Madras plague regulations and rules for district municipalities and other towns and villages
Disease focus: Plague
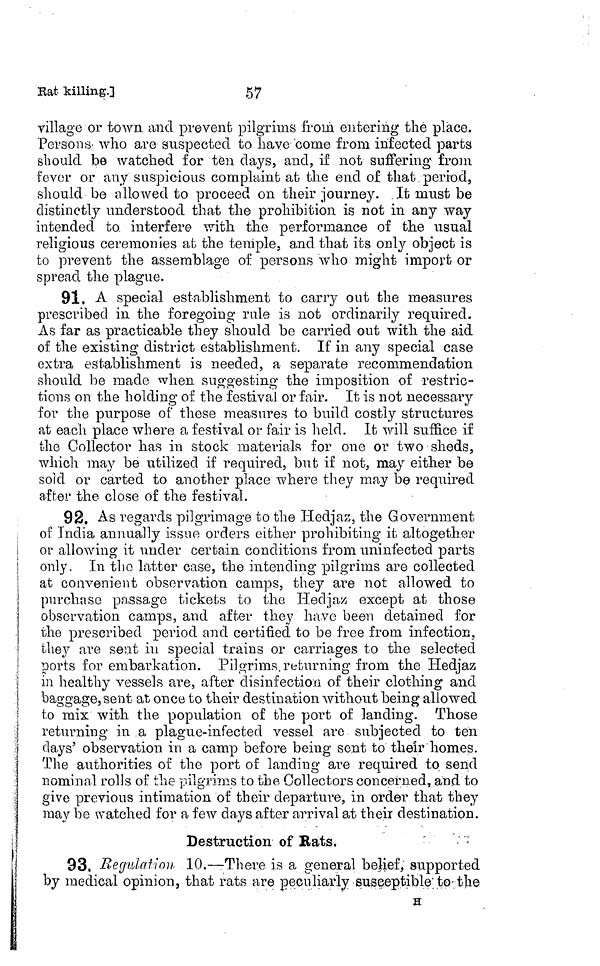
57
Rat killing.]
village or town and prevent pilgrims f'rom entering the place.
Persons- who are suspected to have 'come from infected parts
should be watched for ten days, and, if not suffering from
fever or any suspicious complaint at the end of that period,
should be allowed to proceed on their journey. .It must be
distinctly understood that the prohibition is not in any way
intended to interfere with the performance of the usual
religious ceremonies at the temple, and that its only object is
to prevent the assemblage of persons who might import or
spread the plague.
91. A special establishment to carry out the measures
prescribed in the foregoing rule is not ordinarily required.
As far as practicable they should be carried out with the aid
of the existing district establishment. If in any special case
extra establishment is needed, a separate recommendation
should be made when suggesting the imposition of restric-
tions on the holding of the festivaJ or fair. It is not necessary
for the purpose of these measures to build costly structures
at each place where a festival or fair is held. It will suffice if
the Collector has in stock materials for one or two sheds,
which may be utilized if required, but if not, may either be
sold or carted to another place where they may be required
after the close of the festival.
92. As regards pilgrimage to the Hedjaz, the Government
of India annually issue orders either prohibiting it altogether
or allowing it under certain conditions from uninfected parts
only. In the latter case, the intending pilgrims are collected
at convenient observation camps, they are not allowed to
purchase passage tickets to the Hedjaz except at those
observation camps, and after they have been detained for
the prescribed period and certified to be free from infection,
they are sent in special trains or carriages to the selected
ports for embarkation. Pilgrims, returning from the Hedjaz
in healthy vessels are, after disinfection of their clothing and
baggage, se ' nd at once to their destination without being allowed
to mix with the population of the port of landing. Those
returning in a plague-infected vessel are subjected to ten
clays' observation in a camp before being sent to their homes.
The authorities of the port of landing are required to send
nominal rolls of the pilgrims to the Collectors concerned, and to
give previous intimation of their departure, in order that they
may be watched for a few days after arrival at their destination.
Destruction of Bats.
93. Regulation 10.—There is a general belief, supported
by medical opinion, that rats are peculiarly susceptible'to-the
H